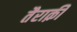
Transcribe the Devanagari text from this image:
तैराक़ी